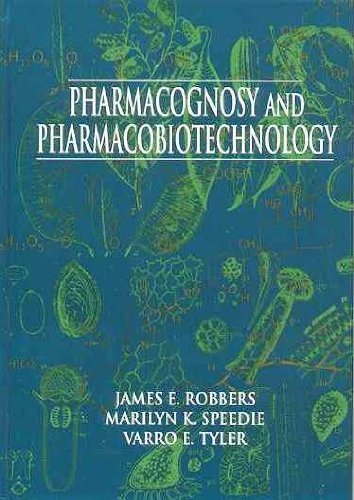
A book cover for Pharmacognosy and Pharmacobiotechnology; James E. Robbers; Medical Books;